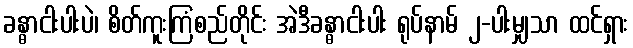
ခန္ဓာငါးပါးပဲ၊ စိတ်ကူးကြံစည်တိုင်း အဲဒီခန္ဓာငါးပါး ရုပ်နာမ် ၂-ပါးမျှသာ ထင်ရှား